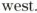
west.